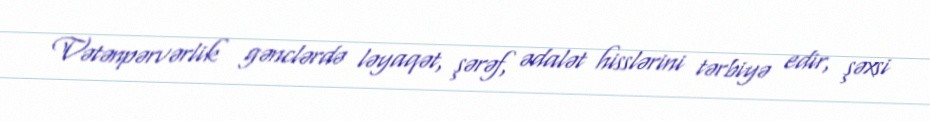
Vətənpərvərlik gənclərdə ləyaqət, şərəf, ədalət hisslərini tərbiyə edir, şəxsi